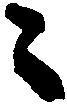
々